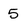
Character: 5